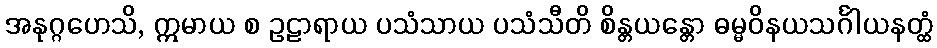
အနုဂ္ဂဟေသိ, ဣမာယ စ ဥဠာရာယ ပသံသာယ ပသံသီတိ စိန္တယန္တော ဓမ္မဝိနယသင်္ဂါယနတ္ထံ